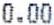
0.00